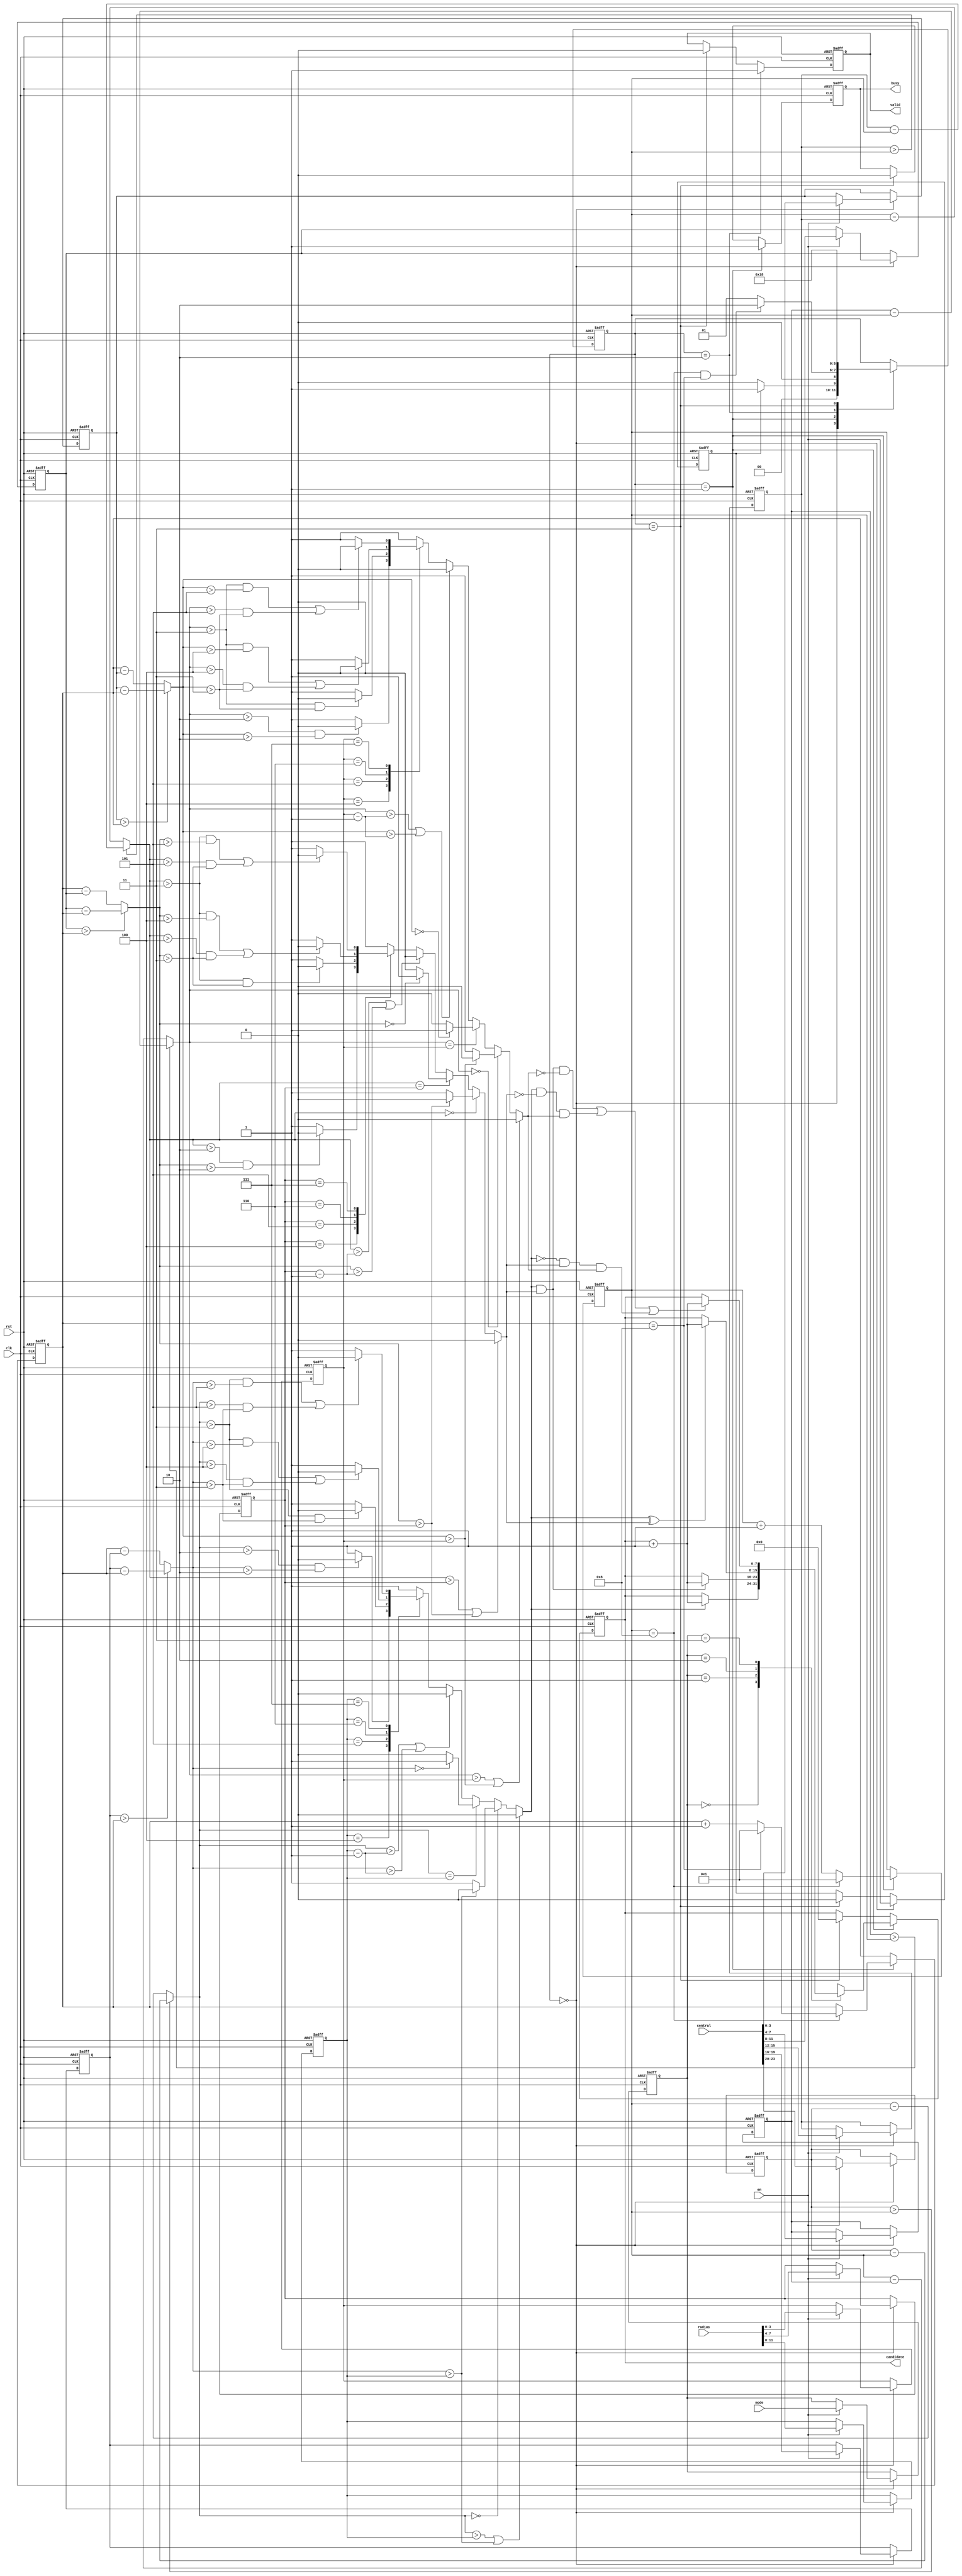
module SET ( clk , rst, en, central, radius, mode, busy, valid, candidate);
input clk;
input rst;
input en;
input [23:0] central;
input [11:0] radius;
input [1:0] mode;
output reg busy;
output reg valid;
output reg [7:0] candidate;
// ===============================================================
// wire/reg
// ===============================================================
reg [2:0] state, next_state;
parameter DATA_STORE = 3'b000, ALGORITHM = 3'b001, DONE = 3'b010, IDLE = 3'b011;
reg [3:0] A_X, A_Y, B_X, B_Y, C_X, C_Y;
reg [3:0] A_radius, B_radius, C_radius;
reg [1:0] mode_select;
reg start;
wire [3:0] A_X_check, A_Y_check, B_X_check, B_Y_check, C_X_check, C_Y_check;
reg A_check, B_check, C_check;
wire [3:0] A_X_range, A_Y_range, B_X_range, B_Y_range, C_X_range, C_Y_range;
reg [3:0] x_axis, y_axis;

// ===============================================================
// FSM
// ===============================================================
//      next_state
always @(*)
begin
    case(state)
        DATA_STORE :
        begin
            if(start)
                next_state = ALGORITHM;
            else
                next_state = DATA_STORE;
        end

        ALGORITHM :
        begin
            if(x_axis == 4'd8 && y_axis == 4'd8)
                next_state = DONE;
            else
                next_state = ALGORITHM;
        end

        DONE :
            next_state = IDLE;

        IDLE :
            next_state = DATA_STORE;
        default :
            next_state = state;
    endcase
end

//      state
always @(posedge clk or posedge rst)
begin
    if(rst)
        state <= DATA_STORE;
    else
        state <= next_state;
end

// ===============================================================
// DATA_STORE
// ===============================================================
//      start
always @(posedge clk or posedge rst)
begin
    if(rst)
        start <= 1'b0;
    else if(state == DATA_STORE)
        start <= en;
    else if(state == IDLE)
        start <= 1'b0;
end
//      A_X
always @(posedge clk or posedge rst)
begin
    if(rst)
        A_X <= 4'd0;
    else if(state == DATA_STORE)
    begin
        if(en)
            A_X <= central[23:20];
        else
            A_X <= A_X;
    end
end

//      A_Y
always @(posedge clk or posedge rst)
begin
    if(rst)
        A_Y <= 4'd0;
    else if(state == DATA_STORE)
    begin
        if(en)
            A_Y <= central[19:16];
        else
            A_Y <= A_Y;
    end
end

//      B_X
always @(posedge clk or posedge rst)
begin
    if(rst)
        B_X <= 4'd0;
    else if(state == DATA_STORE)
    begin
        if(en)
            B_X <= central[15:12];
        else
            B_X <= B_X;
    end
end

//      B_Y
always @(posedge clk or posedge rst)
begin
    if(rst)
        B_Y <= 4'd0;
    else if(state == DATA_STORE)
    begin
        if(en)
            B_Y <= central[11:8];
        else
            B_Y <= B_Y;
    end
end

//      C_X
always @(posedge clk or posedge rst)
begin
    if(rst)
        C_X <= 4'd0;
    else if(state == DATA_STORE)
    begin
        if(en)
            C_X <= central[7:4];
        else
            C_X <= C_X;
    end
end

//      C_Y
always @(posedge clk or posedge rst)
begin
    if(rst)
        C_Y <= 4'd0;
    else if(state == DATA_STORE)
    begin
        if(en)
            C_Y <= central[3:0];
        else
            C_Y <= C_Y;
    end
end

//      A_radius
always @(posedge clk or posedge rst)
begin
    if(rst)
        A_radius <= 4'd0;
    else if(state == DATA_STORE)
    begin
        if(en)
            A_radius <= radius[11:8];
        else
            A_radius <= A_radius;
    end
end

//      B_radius
always @(posedge clk or posedge rst)
begin
    if(rst)
        B_radius <= 4'd0;
    else if(state == DATA_STORE)
    begin
        if(en)
            B_radius <= radius[7:4];
        else
            B_radius <= B_radius;
    end
end

//      C_radius
always @(posedge clk or posedge rst)
begin
    if(rst)
        C_radius <= 4'd0;
    else if(state == DATA_STORE)
    begin
        if(en)
            C_radius <= radius[3:0];
        else
            C_radius <= C_radius;
    end
end

//      mode_select
always @(posedge clk or posedge rst)
begin
    if(rst)
        mode_select <= 2'd0;
    else if(state == DATA_STORE)
    begin
        if(en)
            mode_select <= mode;
        else
            mode_select <= mode_select;
    end
end

// ===============================================================
// ALGORITHM
// ===============================================================
//      x_axis
always @(posedge clk or posedge rst)
begin
    if(rst)
        x_axis <= 4'd1;
    else if(state == ALGORITHM)
    begin
        if(x_axis == 4'd8)
            x_axis <= 4'd1;
        else
            x_axis <= x_axis + 4'd1;
    end
end

//      y_axis
always @(posedge clk or posedge rst)
begin
    if(rst)
        y_axis <= 4'd1;
    else if(state == ALGORITHM)
    begin
        if(x_axis == 4'd8)
        begin
            if(y_axis == 4'd8)
                y_axis <= 4'd1;
            else
                y_axis <= y_axis + 4'd1;
        end
        else
            y_axis <= y_axis;
    end
end

//      A_X_check
assign A_X_check = (A_X > x_axis)? A_X - x_axis : x_axis - A_X;

//      A_Y_check
assign A_Y_check = (A_Y > y_axis)? A_Y - y_axis : y_axis - A_Y;

//      B_X_check
assign B_X_check = (B_X > x_axis)? B_X - x_axis : x_axis - B_X;

//      B_Y_check
assign B_Y_check = (B_Y > y_axis)? B_Y - y_axis : y_axis - B_Y;

//      C_X_check
assign C_X_check = (C_X > x_axis)? C_X - x_axis : x_axis - C_X;

//      C_Y_check
assign C_Y_check = (C_Y > y_axis)? C_Y - y_axis : y_axis - C_Y;

//      A_X_range
assign A_X_range =  A_radius - 4'd1;

//      A_Y_range
assign A_Y_range =  A_radius - 4'd1;

//      B_X_range
assign B_X_range =  B_radius - 4'd1;

//      B_Y_range
assign B_Y_range =  B_radius - 4'd1;

//      C_X_range
assign C_X_range =  C_radius - 4'd1;

//      C_Y_range
assign C_Y_range =  C_radius - 4'd1;

//      A_check
always @(*)
begin
    if(A_X_check > A_radius || A_Y_check > A_radius )
        A_check = 1'b0;
    else if(A_X_check == 4'd0)
    begin
        if(A_Y_check > A_radius)
            A_check = 1'b0;
        else
            A_check = 1'b1;
    end
    else if(A_X_check == A_radius)
    begin
        if(A_Y_check == 4'd0)
            A_check = 1'b1;
        else
            A_check = 1'b0;
    end
    else
    begin
        if(A_X_check > A_X_range || A_Y_check > A_Y_range)
            A_check = 1'b0;
        else
        begin
            case(A_radius)
                4'd4 :
                begin
                    if(A_X_check > 4'd2 && A_Y_check > 4'd2)
                        A_check = 1'b0;
                    else
                        A_check = 1'b1;
                end
                4'd5 :
                begin
                    if(A_X_check > 4'd3 && A_Y_check > 4'd3)
                        A_check = 1'b0;
                    else
                        A_check = 1'b1;
                end
                4'd6 :
                begin
                    if((A_X_check > 4'd3 && A_Y_check > 4'd4) || (A_X_check > 4'd4 && A_Y_check > 4'd3))
                        A_check = 1'b0;
                    else
                        A_check = 1'b1;
                end
                4'd7 :
                begin
                    if((A_X_check > 4'd3 && A_Y_check > 4'd5) || (A_X_check > 4'd5 && A_Y_check > 4'd3))
                        A_check = 1'b0;
                    else
                        A_check = 1'b1;
                end
                default :
                    A_check = 1'b1;
            endcase
        end
    end
end

//      B_check
always @(*)
begin
    if(B_X_check > B_radius || B_Y_check > B_radius)
        B_check = 1'b0;
    else if(B_X_check == 4'd0)
    begin
        if(B_Y_check > B_radius)
            B_check = 1'b0;
        else
            B_check = 1'b1;
    end
    else if(B_X_check == B_radius)
    begin
        if(B_Y_check == 4'd0)
            B_check = 1'b1;
        else
            B_check = 1'b0;
    end
    else
    begin
        if(B_X_check > B_X_range || B_Y_check > B_Y_range)
            B_check = 1'b0;
        else
        begin
            case(B_radius)
                4'd4 :
                begin
                    if(B_X_check > 4'd2 && B_Y_check > 4'd2)
                        B_check = 1'b0;
                    else
                        B_check = 1'b1;
                end
                4'd5 :
                begin
                    if(B_X_check > 4'd3 && B_Y_check > 4'd3)
                        B_check = 1'b0;
                    else
                        B_check = 1'b1;
                end
                4'd6 :
                begin
                    if((B_X_check > 4'd3 && B_Y_check > 4'd4) || (B_X_check > 4'd4 && B_Y_check > 4'd3))
                        B_check = 1'b0;
                    else
                        B_check = 1'b1;
                end
                4'd7 :
                begin
                    if((B_X_check > 4'd3 && B_Y_check > 4'd5) || (B_X_check > 4'd5 && B_Y_check > 4'd3))
                        B_check = 1'b0;
                    else
                        B_check = 1'b1;
                end
                default :
                    B_check = 1'b1;
            endcase
        end
    end
end

//      C_check
always @(*)
begin
    if(C_X_check > C_radius || C_Y_check > C_radius)
        C_check = 1'b0;
    else if(C_X_check == 4'd0)
    begin
        if(C_Y_check > C_radius)
            C_check = 1'b0;
        else
            C_check = 1'b1;
    end
    else if(C_X_check == C_radius)
    begin
        if(C_Y_check == 4'd0)
            C_check = 1'b1;
        else
            C_check = 1'b0;
    end
    else
    begin
        if(C_X_check > C_X_range || C_Y_check > C_Y_range)
            C_check = 1'b0;
        else
        begin
            case(C_radius)
                4'd4 :
                begin
                    if(C_X_check > 4'd2 && C_Y_check > 4'd2)
                        C_check = 1'b0;
                    else
                        C_check = 1'b1;
                end
                4'd5 :
                begin
                    if(C_X_check > 4'd3 && C_Y_check > 4'd3)
                        C_check = 1'b0;
                    else
                        C_check = 1'b1;
                end
                4'd6 :
                begin
                    if((C_X_check > 4'd3 && C_Y_check > 4'd4) || (C_X_check > 4'd4 && C_Y_check > 4'd3))
                        C_check = 1'b0;
                    else
                        C_check = 1'b1;
                end
                4'd7 :
                begin
                    if((C_X_check > 4'd3 && C_Y_check > 4'd5) || (C_X_check > 4'd5 && C_Y_check > 4'd3))
                        C_check = 1'b0;
                    else
                        C_check = 1'b1;
                end
                default :
                    C_check = 1'b1;
            endcase
        end
    end
end

// ===============================================================
// busy
// ===============================================================
always @(posedge clk or posedge rst)
begin
    if(rst)
        busy <= 1'b0;
    else if(state == ALGORITHM)
        busy <= 1'b1;
    else if(state == IDLE)
        busy <= 1'b0;
end

// ===============================================================
// valid
// ===============================================================
always @(posedge clk or posedge rst)
begin
    if(rst)
        valid <= 1'b0;
    else if(state == DONE)
        valid <= 1'b1;
    else if(state == IDLE)
        valid <= 1'b0;
end

// ===============================================================
// candidate
// ===============================================================
always @(posedge clk or posedge rst)
begin
    if(rst)
        candidate <= 8'd0;
    else if(state == ALGORITHM)
    begin
        case(mode_select)
            2'd0 :
            begin
                if(A_check)
                    candidate <= candidate + 8'd1;
                else
                    candidate <= candidate;
            end

            2'd1 :
            begin
                if(A_check && B_check)
                    candidate <= candidate + 8'd1;
                else
                    candidate <= candidate;
            end

            2'd2 :
            begin
                if(A_check ^ B_check)
                    candidate <= candidate + 8'd1;
                else
                    candidate <= candidate;
            end

            2'd3 :
            begin
                if((A_check && B_check && !C_check) || (A_check && !B_check && C_check) || (!A_check && B_check && C_check))
                    candidate <= candidate + 8'd1;
                else
                    candidate <= candidate;
            end
        endcase
    end
    else if(state == IDLE)
        candidate <= 8'd0;
end

endmodule